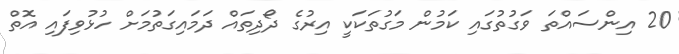
20 އިންސައްތަ ވަގުތުގައި ކަމުން މަގުތަކަކީ އިރުގެ ދޯދިތައް ދަމައިގަތުމަށް ހުޅުވިފައި އޮތް